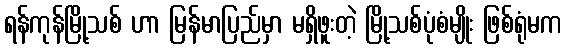
ရန်ကုန်မြို့သစ် ဟာ မြန်မာပြည်မှာ မရှိဖူးတဲ့ မြို့သစ်ပုံစံမျိုး ဖြစ်ရုံမက